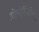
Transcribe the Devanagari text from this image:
ब्रोमोबैंज़ीन